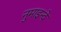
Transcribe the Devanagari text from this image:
नुमाइन्दे